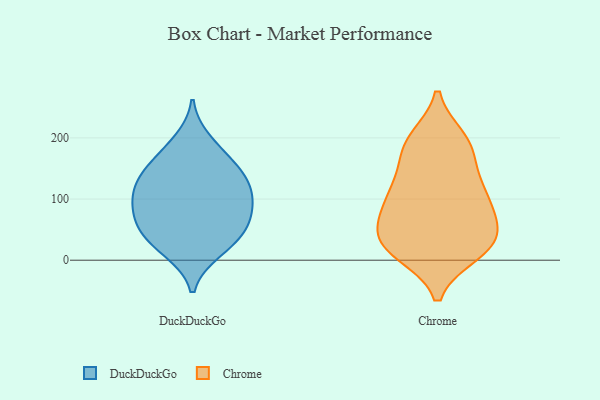
{"axis": {"x": "Revenue (USD Million)", "y": "Value"}, "legend": ["Chrome", "DuckDuckGo"], "data": [{"x": "", "y": 196, "type": "DuckDuckGo"}, {"x": "", "y": 45, "type": "DuckDuckGo"}, {"x": "", "y": 113, "type": "DuckDuckGo"}, {"x": "", "y": 45, "type": "DuckDuckGo"}, {"x": "", "y": 140, "type": "DuckDuckGo"}, {"x": "", "y": 92, "type": "DuckDuckGo"}, {"x": "", "y": 97, "type": "DuckDuckGo"}, {"x": "", "y": 18, "type": "DuckDuckGo"}, {"x": "", "y": 63, "type": "DuckDuckGo"}, {"x": "", "y": 122, "type": "DuckDuckGo"}, {"x": "", "y": 171, "type": "DuckDuckGo"}, {"x": "", "y": 134, "type": "DuckDuckGo"}, {"x": "", "y": 86, "type": "DuckDuckGo"}, {"x": "", "y": 59, "type": "DuckDuckGo"}, {"x": "", "y": 14, "type": "DuckDuckGo"}, {"x": "", "y": 155, "type": "DuckDuckGo"}, {"x": "", "y": 16, "type": "Chrome"}, {"x": "", "y": 129, "type": "Chrome"}, {"x": "", "y": 28, "type": "Chrome"}, {"x": "", "y": 96, "type": "Chrome"}, {"x": "", "y": 107, "type": "Chrome"}, {"x": "", "y": 181, "type": "Chrome"}, {"x": "", "y": 134, "type": "Chrome"}, {"x": "", "y": 28, "type": "Chrome"}, {"x": "", "y": 34, "type": "Chrome"}, {"x": "", "y": 63, "type": "Chrome"}, {"x": "", "y": 62, "type": "Chrome"}, {"x": "", "y": 198, "type": "Chrome"}, {"x": "", "y": 20, "type": "Chrome"}, {"x": "", "y": 73, "type": "Chrome"}, {"x": "", "y": 103, "type": "Chrome"}, {"x": "", "y": 195, "type": "Chrome"}, {"x": "", "y": 12, "type": "Chrome"}, {"x": "", "y": 184, "type": "Chrome"}]}